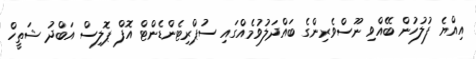
އިއްޔެ ފުލުހުން ބޭއްވި ނޫސްވެރިންގެ ބައްދަލުވުމެއްގައި ސުޕްރިޓެންޑެންޓް އޮފް ޕޮލިސް އަބްދު ޝަތީހް